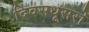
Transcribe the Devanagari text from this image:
दिवसधूसरो